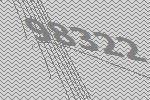
98322